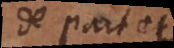
de part et